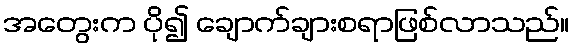
အတွေးက ပို၍ ချောက်ချားစရာဖြစ်လာသည်။